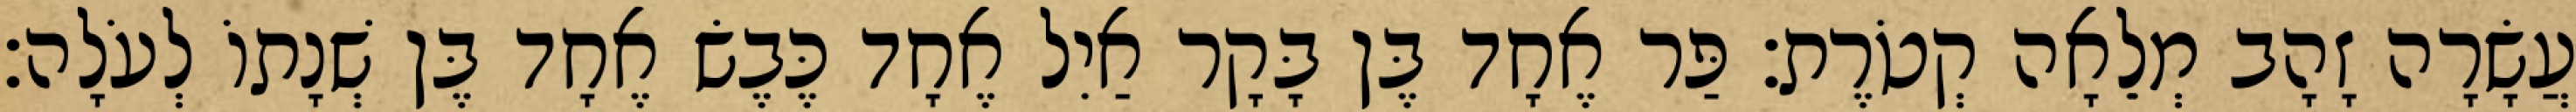
עֲשָׂרָה זָהָב מְלֵאָה קְטֹרֶת׃ פַּר אֶחָד בֶּן בָּקָר אַיִל אֶחָד כֶּבֶשׂ אֶחָד בֶּן שְׁנָתוֹ לְעֹלָה׃